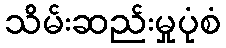
သိမ်းဆည်းမှုပုံစံ